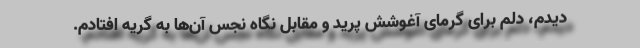
دیدم، دلم برای گرمای آغوشش پرید و مقابل نگاه نجس آن‌ها به گریه افتادم.